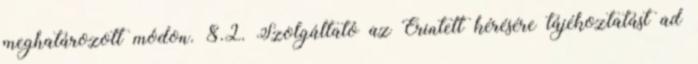
meghatározott módon. 8.2. Szolgáltató az Érintett kérésére tájékoztatást ad